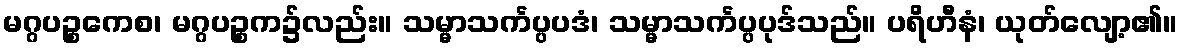
မဂ္ဂပဉ္စကေစ၊ မဂ္ဂပဉ္စက၌လည်း။ သမ္မာသင်္ကပ္ပပဒံ၊ သမ္မာသင်္ကပ္ပပုဒ်သည်။ ပရိဟီနံ၊ ယုတ်လျော့၏။